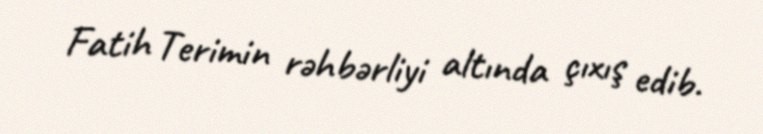
Fatih Terimin rəhbərliyi altında çıxış edib.